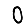
Digit: 0